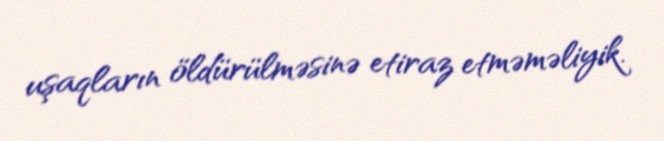
uşaqların öldürülməsinə etiraz etməməliyik.